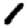
Digit: 1